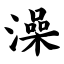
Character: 澡